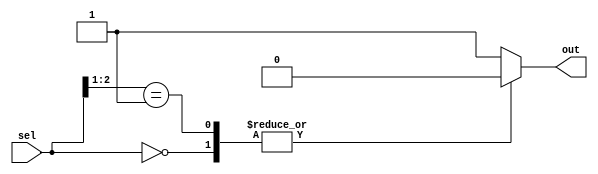
module casez_example (
  input [2:0] sel,
  output reg out
);

always @(*) begin
  casez(sel)
    3'b000: out = 1'b0;
    3'b001: out = 1'b1;
    3'b01?: out = 1'b0; // Match any 3-bit pattern starting with 01
    default: out = 1'b1; // Default behavior if no match
  endcase
end

endmodule